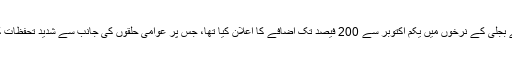
وفاقی حکومت نے بجلی کے نرخوں میں یکم اکتوبر سے 200 فیصد تک اضافے کا اعلان کیا تھا، جس پر عوامی حلقوں کی جانب سے شدید تحفظات کے اظہار کیا گیا۔